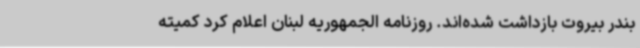
بندر بیروت بازداشت شده‌اند. روزنامه الجمهوریه لبنان اعلام کرد کمیته